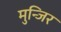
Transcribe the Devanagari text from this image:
मुन्जिर